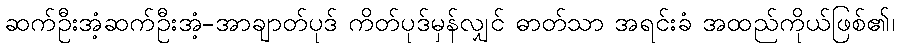
ဆက်ဦးအံ့ဆက်ဦးအံ့-အာချာတ်ပုဒ် ကိတ်ပုဒ်မှန်လျှင် ဓာတ်သာ အရင်းခံ အထည်ကိုယ်ဖြစ်၏၊